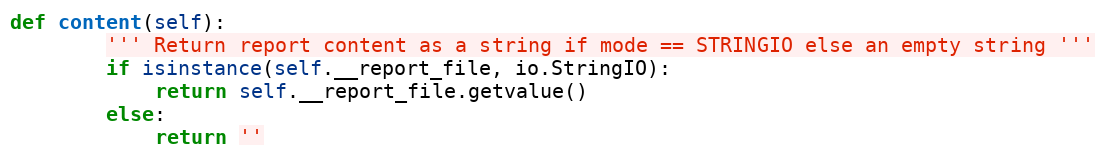
Language: Python
def content(self):
        ''' Return report content as a string if mode == STRINGIO else an empty string '''
        if isinstance(self.__report_file, io.StringIO):
            return self.__report_file.getvalue()
        else:
            return ''